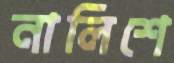
নালিশে